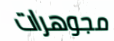
مجوهرات